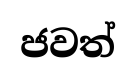
ජවත්